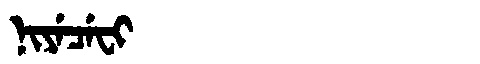
Manchu: ᠨᡳᠶᡝᠴᡝᠸᡳ
Romanization: NIYECEFI